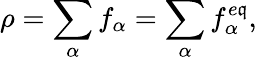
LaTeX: \rho=\sum_{\alpha}f_{\alpha}=\sum_{\alpha}f_{\alpha}^{e\mathfrak{q}},